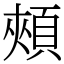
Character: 頰